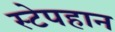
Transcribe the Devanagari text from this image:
स्टेपहान